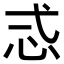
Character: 𢗥